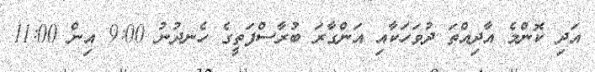
އަދި ކޮންމެ އާދިއްތަ ދުވަހަކާއި އަންގާރަ ބުރާސްފަތީގެ ހެނދުނު 9:00 އިން 11:00